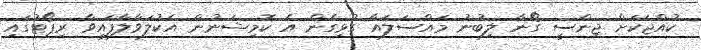
ކުއްޖަކަށް ޖިންސީ ގޯނާ ލިބުނު މައްސަލައާ ގުޅިގެން އެ ކޮމިޝަނުން އެކުލަވާލާފައިވާ ރިޕޯޓުގައި